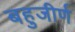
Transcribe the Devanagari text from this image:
बहुजीर्ण